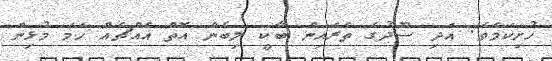
ހުށިކަމެވެ. އަދި ސޫދުގެ ތެރެއިން ބާކީ ލިބެން އޮތް އެއްޗެއް ހަމަ މުޅިން